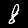
Digit: 8